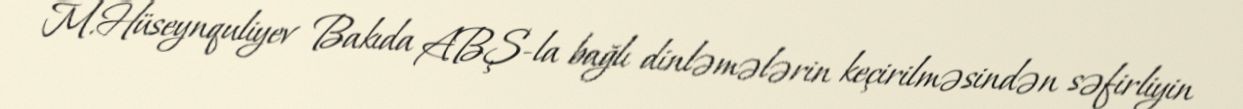
M.Hüseynquliyev Bakıda ABŞ-la bağlı dinləmələrin keçirilməsindən səfirliyin